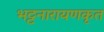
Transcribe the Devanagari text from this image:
भट्टनारायणकृत